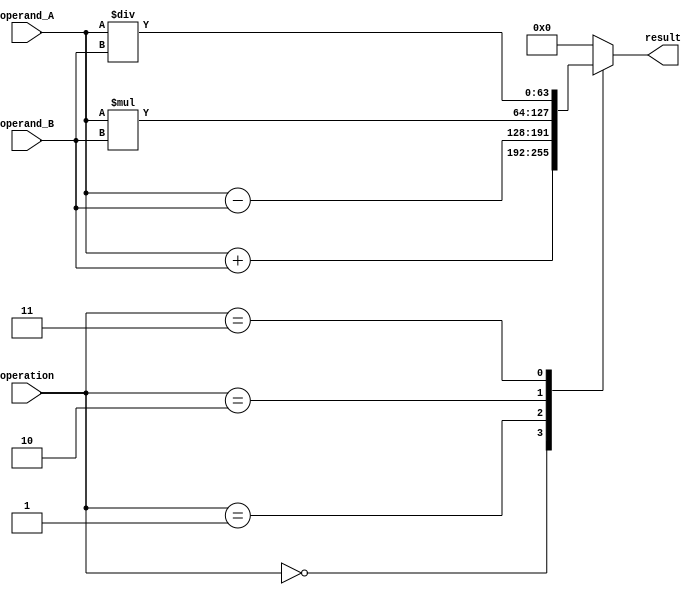
module double_precision_floating_point_unit(
    input wire [63:0] operand_A,
    input wire [63:0] operand_B,
    input wire [2:0] operation,
    output reg [63:0] result
);

always @(*) begin
    case(operation)
        3'b000: result = operand_A + operand_B; // Addition
        3'b001: result = operand_A - operand_B; // Subtraction
        3'b010: result = operand_A * operand_B; // Multiplication
        3'b011: result = operand_A / operand_B; // Division
        default: result = 0;
    endcase
end

endmodule